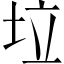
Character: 垃